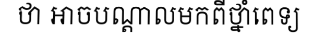
ថា អាចបណ្តាលមកពីថ្នាំពេទ្យ